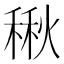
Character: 𮃚